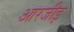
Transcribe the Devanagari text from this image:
आरजीइ